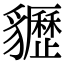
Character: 𧴠